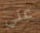
علي